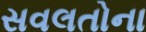
સવલતોના